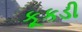
કૂકડી